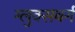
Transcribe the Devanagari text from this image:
ग्लुक्सबर्ग